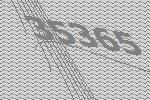
35365